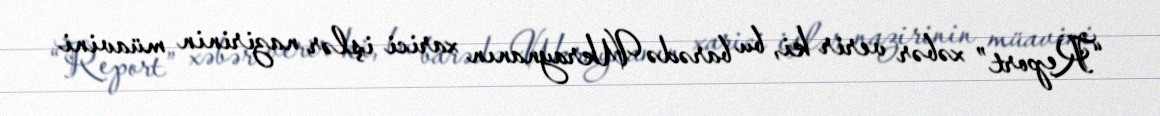
“Report” xəbər verir ki, bu barədə Ukraynanın xarici işlər nazirinin müavini